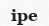
іре